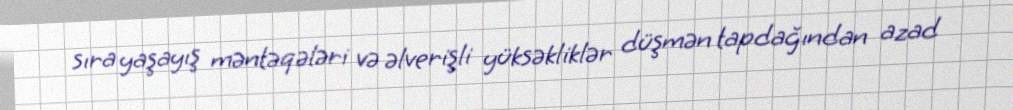
sıra yaşayış məntəqələri və əlverişli yüksəkliklər düşmən tapdağından azad